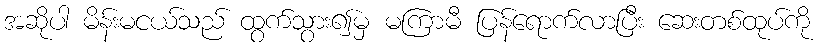
အဆိုပါ မိန်းမငယ်သည် ထွက်သွား၍မှ မကြာမီ ပြန်ရောက်လာပြီး ဆေးတစ်ထုပ်ကို